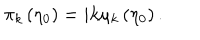
LaTeX: \pi _ { k } \left( \eta _ { 0 } \right) = i k \mu _ { k } \left( \eta _ { 0 } \right) .